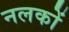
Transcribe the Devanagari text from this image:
नलकों